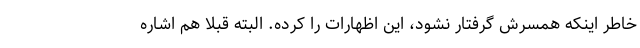
خاطر اینکه همسرش گرفتار نشود، این اظهارات را کرده. البته قبلا هم اشاره